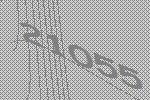
21055